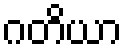
ဂတိယာ